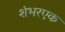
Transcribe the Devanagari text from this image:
शंभरएक